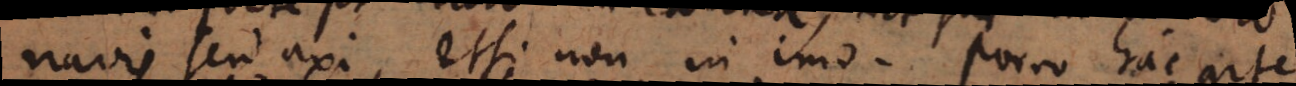
navis seu axi, etsi non in imo. Porro hac arte